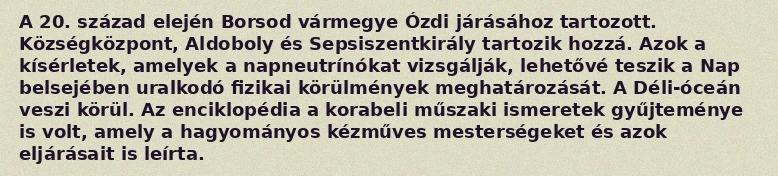
A 20. század elején Borsod vármegye Ózdi járásához tartozott. Községközpont, Aldoboly és Sepsiszentkirály tartozik hozzá. Azok a kísérletek, amelyek a napneutrínókat vizsgálják, lehetővé teszik a Nap belsejében uralkodó fizikai körülmények meghatározását. A Déli-óceán veszi körül. Az enciklopédia a korabeli műszaki ismeretek gyűjteménye is volt, amely a hagyományos kézműves mesterségeket és azok eljárásait is leírta.